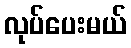
လုပ်ပေးမယ်